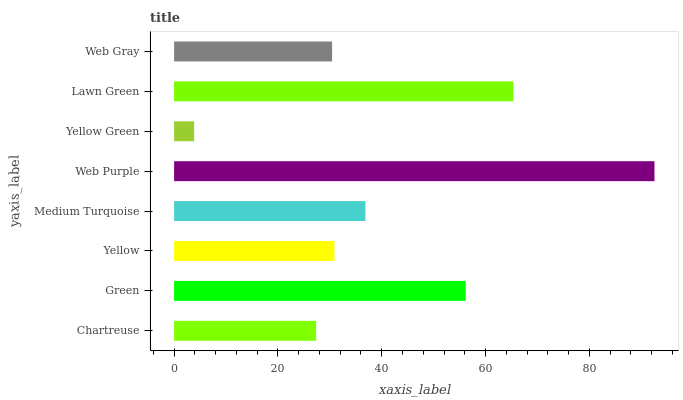
| yaxis_label | bars |
 | --- | --- |
 | Chartreuse | 27.4 |
 | Green | 56.2 |
 | Yellow | 30.9 |
 | Medium Turquoise | 36.9 |
 | Web Purple | 92.5 |
 | Yellow Green | 3.87 |
 | Lawn Green | 65.4 |
 | Web Gray | 30.4 |